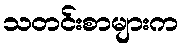
သတင်းစာများက